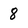
Character: 8